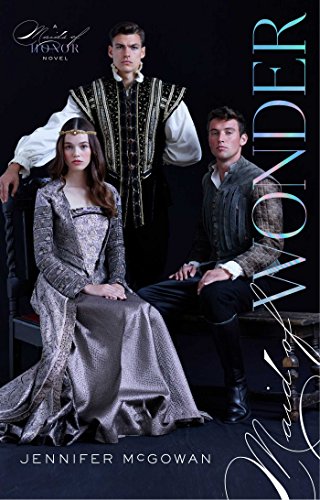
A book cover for Maid of Wonder (Maids of Honor); Jennifer McGowan; Teen & Young Adult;